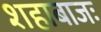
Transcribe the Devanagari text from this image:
शहाबाजः